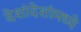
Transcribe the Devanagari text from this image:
देशांदेशांमध्ये